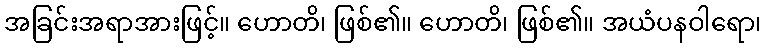
အခြင်းအရာအားဖြင့်။ ဟောတိ၊ ဖြစ်၏။ ဟောတိ၊ ဖြစ်၏။ အယံပနဝါရော၊